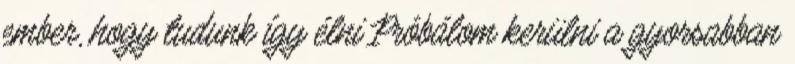
ember, hogy tudunk így élni Próbálom kerülni a gyorsabban